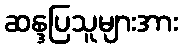
ဆန္ဒပြသူများအား